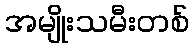
အမျိုးသမီးတစ်